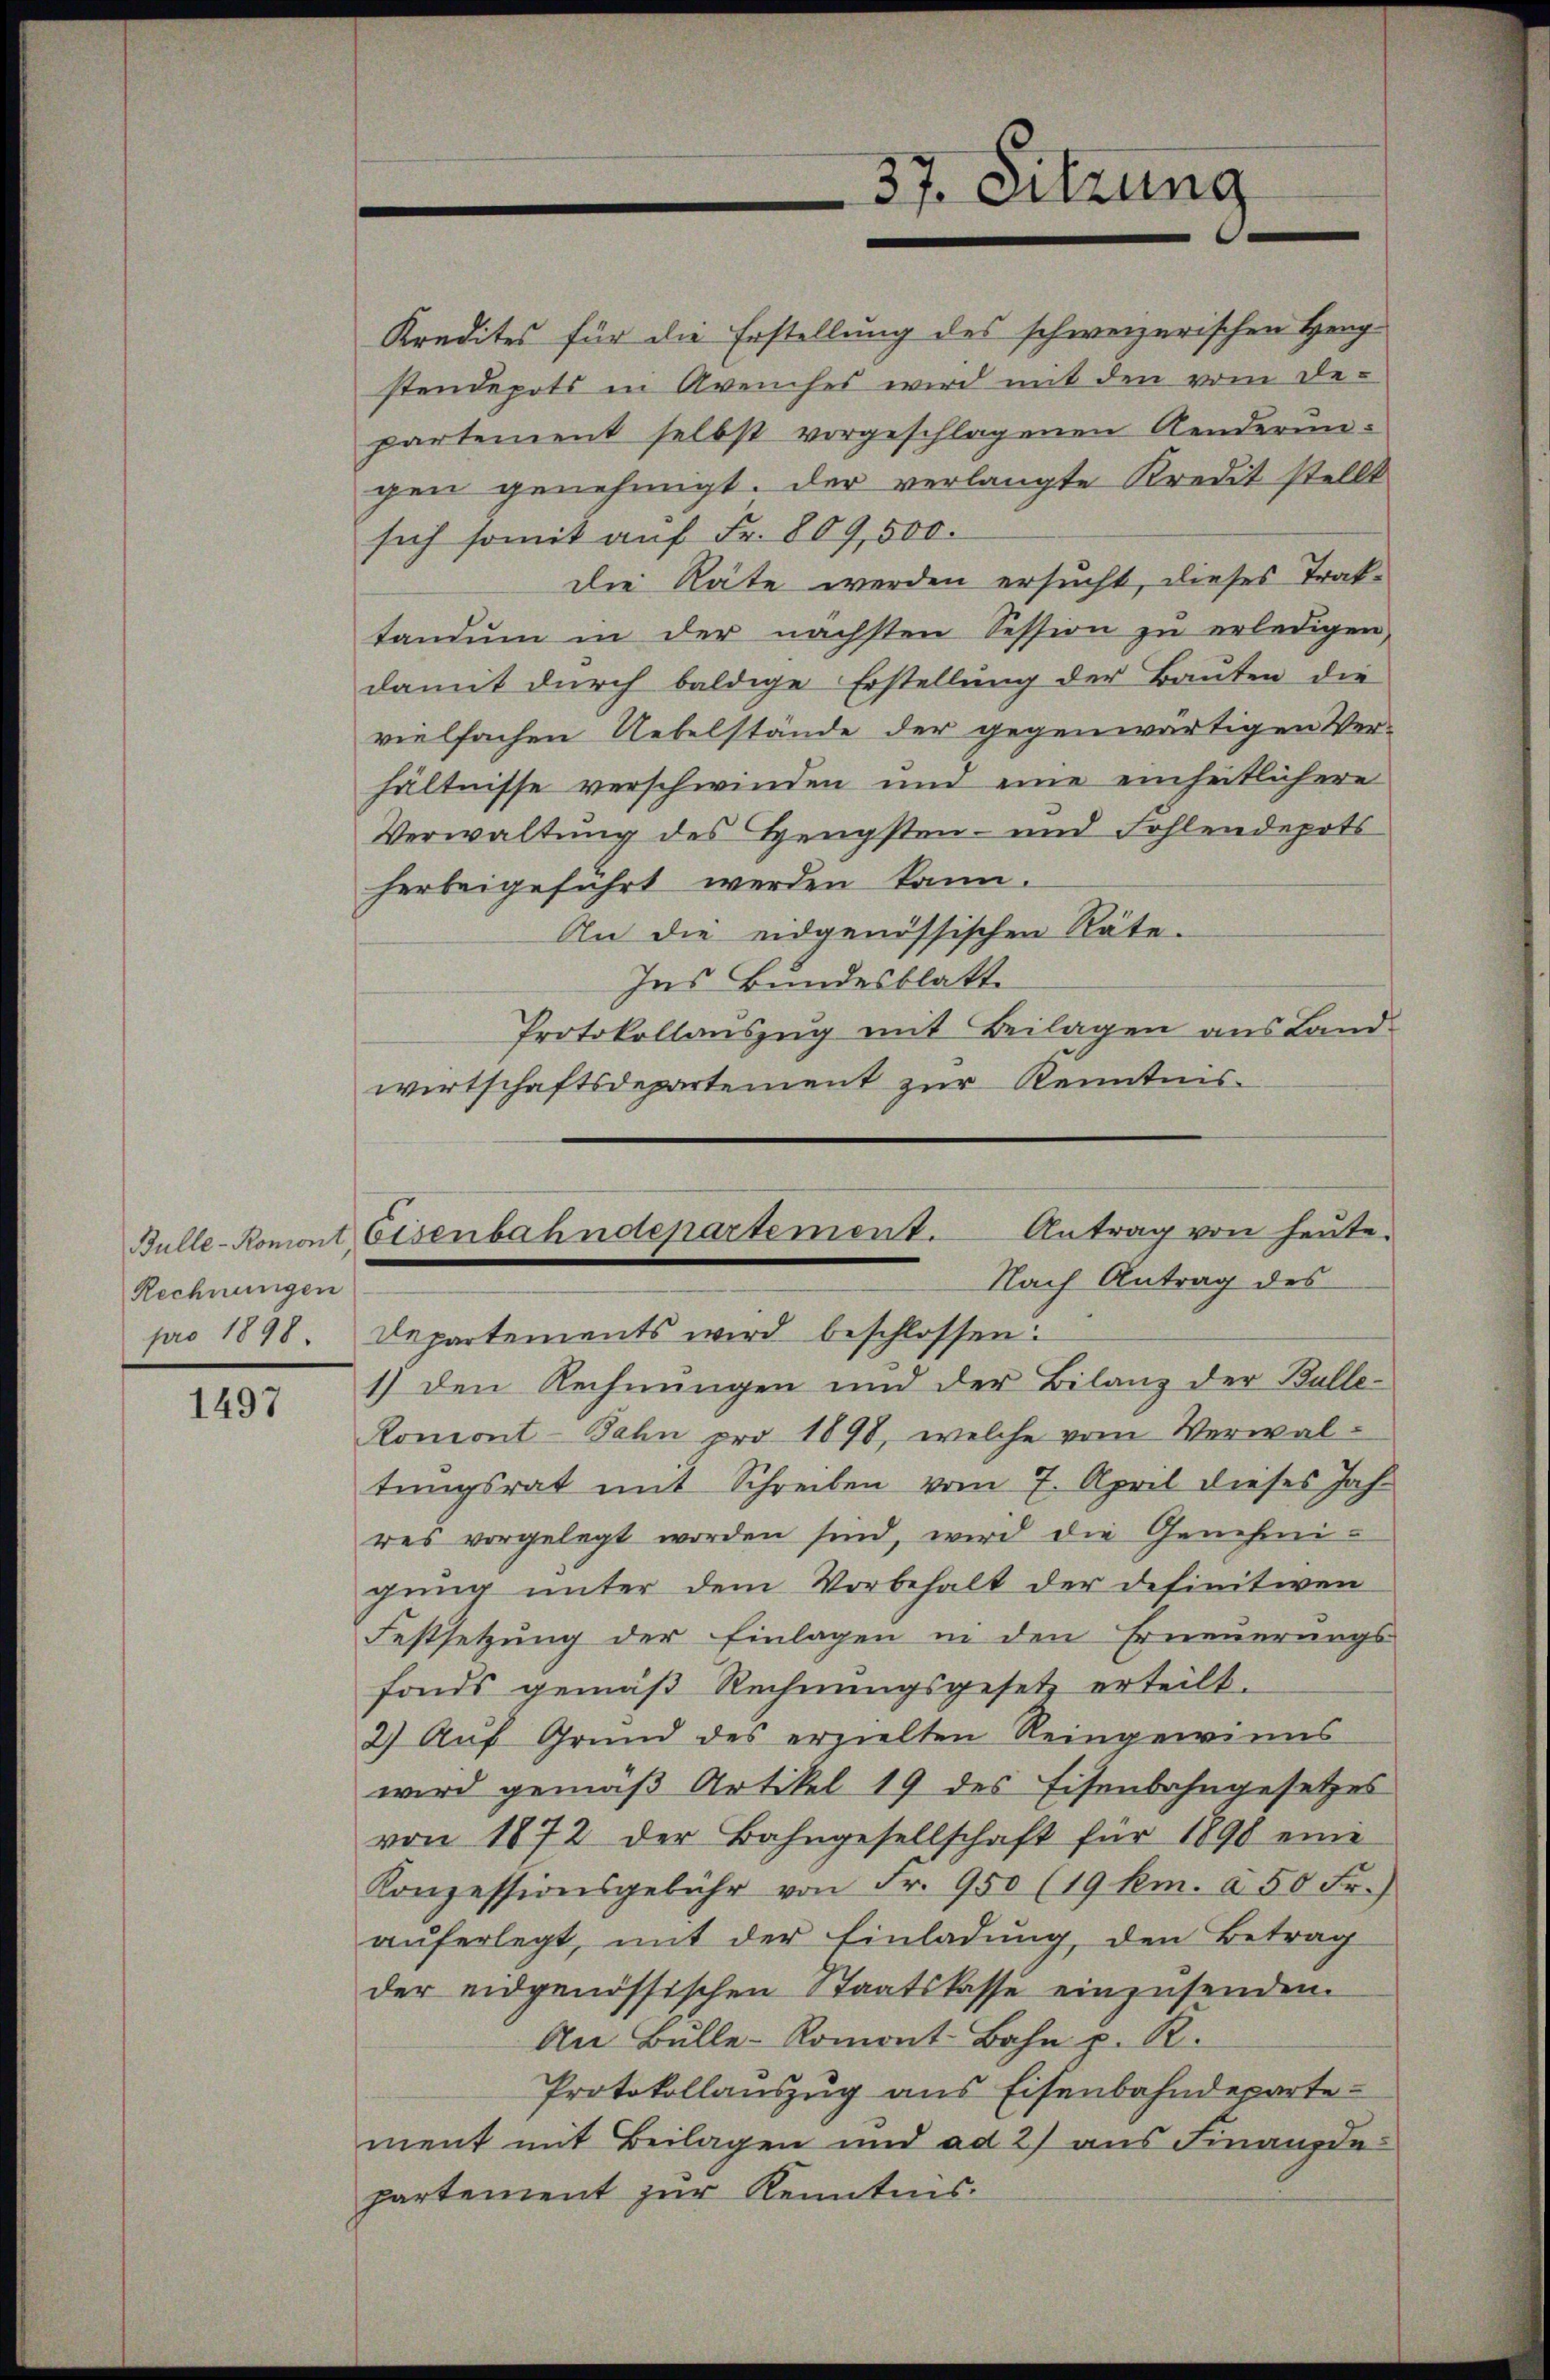
Rechnungen
pro 1898.

1497

Kredites für die Erstellung des schweizerischen Heng-
stendepots in Avenches wird mit den vom De-
partement selbst vorgeschlagenen Aenderun-
gen genehmigt. Der verlangte Kredit stellt
sich somit auf Fr. 809,500.
die Räte werden ersucht, dieses Traktandum in der nächsten Session zŭ erledigen,
damit durch baldige Erstellung der Bauten die
vielfachen Uebelstände der gegenwärtigen Ver-
hältnisse verschwinden und eine einheitlichere
Verwaltung des Hengsten- und Fohlendepots
herbeigeführt werden kann.
An die eidgenössischen Räte.
Ins Bundesblatte
Protokollauszug mit Beilagen aus Land
wirtschaftsdepartement zur Kenntnis-
Romont-Jahn pro 1898, welche vom Verwal-
tŭngsrat mit Schreiben vom 7. April dieses Jahr
res vorgelegt worden sind, wird die Genehmigung unter dem Vorbehalt der definitiven
Festsetzung der Einlagen in den Erneuerungs-
fonds gemäß Rechnungsgesetz erteilt.
2) Auf Grund des erzielten Reingewinns
wird gemäß Artikel 19 des Eisenbahngesetzes
von 1872 der Bahngesellschaft für 1890 eine
Konzessionsgebühr von Fr. 950 (19 km. à 50 Fr.)
auferlegt, mit der Einladung, den Betrag
der eidgenössischen Staatskasse einzusenden.
An Bulle-Romont Bahn p. R.
Protokollauszug aus Eisenbahndepartement mit Beilagen und ad 2) aus Finanzdepartement zur Kenntnis.

37. Sitzung

Bulle-Romont Eisenbahndepartement. Antrag von heute.
Nach Antrag des
Departements wird beschlossen:
1) den Rechnungen und der Bilanz der Balle-